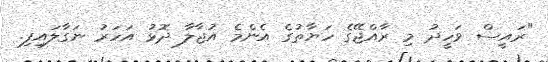
"ރައީސް ވަހީދު މި ރާއްޖޭގެ ހަޔާތުގެ އެންމެ އުޖާލާ ދޮޅު އަހަރު ނަގާލައިފި.